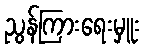
ညွန်ကြားရေးမှူး